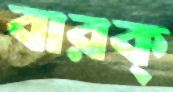
বারক্